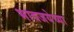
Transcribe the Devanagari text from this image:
भावजयेच्या